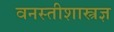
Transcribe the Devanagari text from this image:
वनस्तीशास्त्रज्ञ